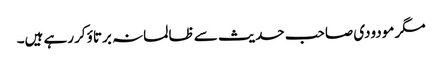
مگر مودودی صاحب حدیث سے ظالمانہ برتاؤ کررہے ہیں۔